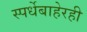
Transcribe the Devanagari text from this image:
स्पर्धेबाहेरही